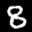
Label: 8